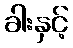
ခါးနှင့်